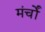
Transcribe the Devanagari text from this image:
मंर्चों